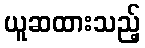
ယူဆထားသည့်